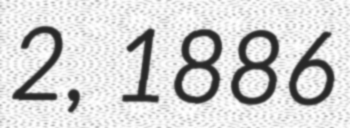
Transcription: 2, 1886